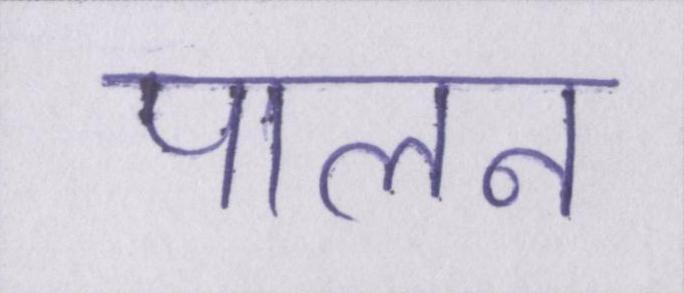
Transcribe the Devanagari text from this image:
पालन